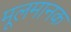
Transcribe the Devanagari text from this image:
मूलमानक